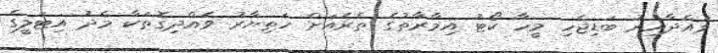
ވައްދާއިރު ބަޑިޖެހި މީހާ ކޯޓު އިމާރާތުގެ ތެރެއަށް ހަތިޔާރު ވެއްދިގޮތަކާ މެދު އިޓަލީގެ